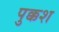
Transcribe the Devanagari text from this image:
पुक्कश